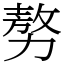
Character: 𠢕